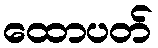
ထောပတ်